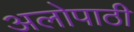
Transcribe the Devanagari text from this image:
अलोपाठी